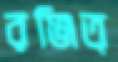
রঞ্জিত্